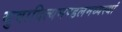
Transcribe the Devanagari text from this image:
युवादित्यमण्डलमध्यस्थां